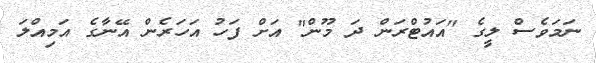
ނަމަވެސް ލީގެ "އައުޓްރަން ދަ މޫން" އަށް ފަހު އަހަރެން އޭނާގެ އަމިއްލަ